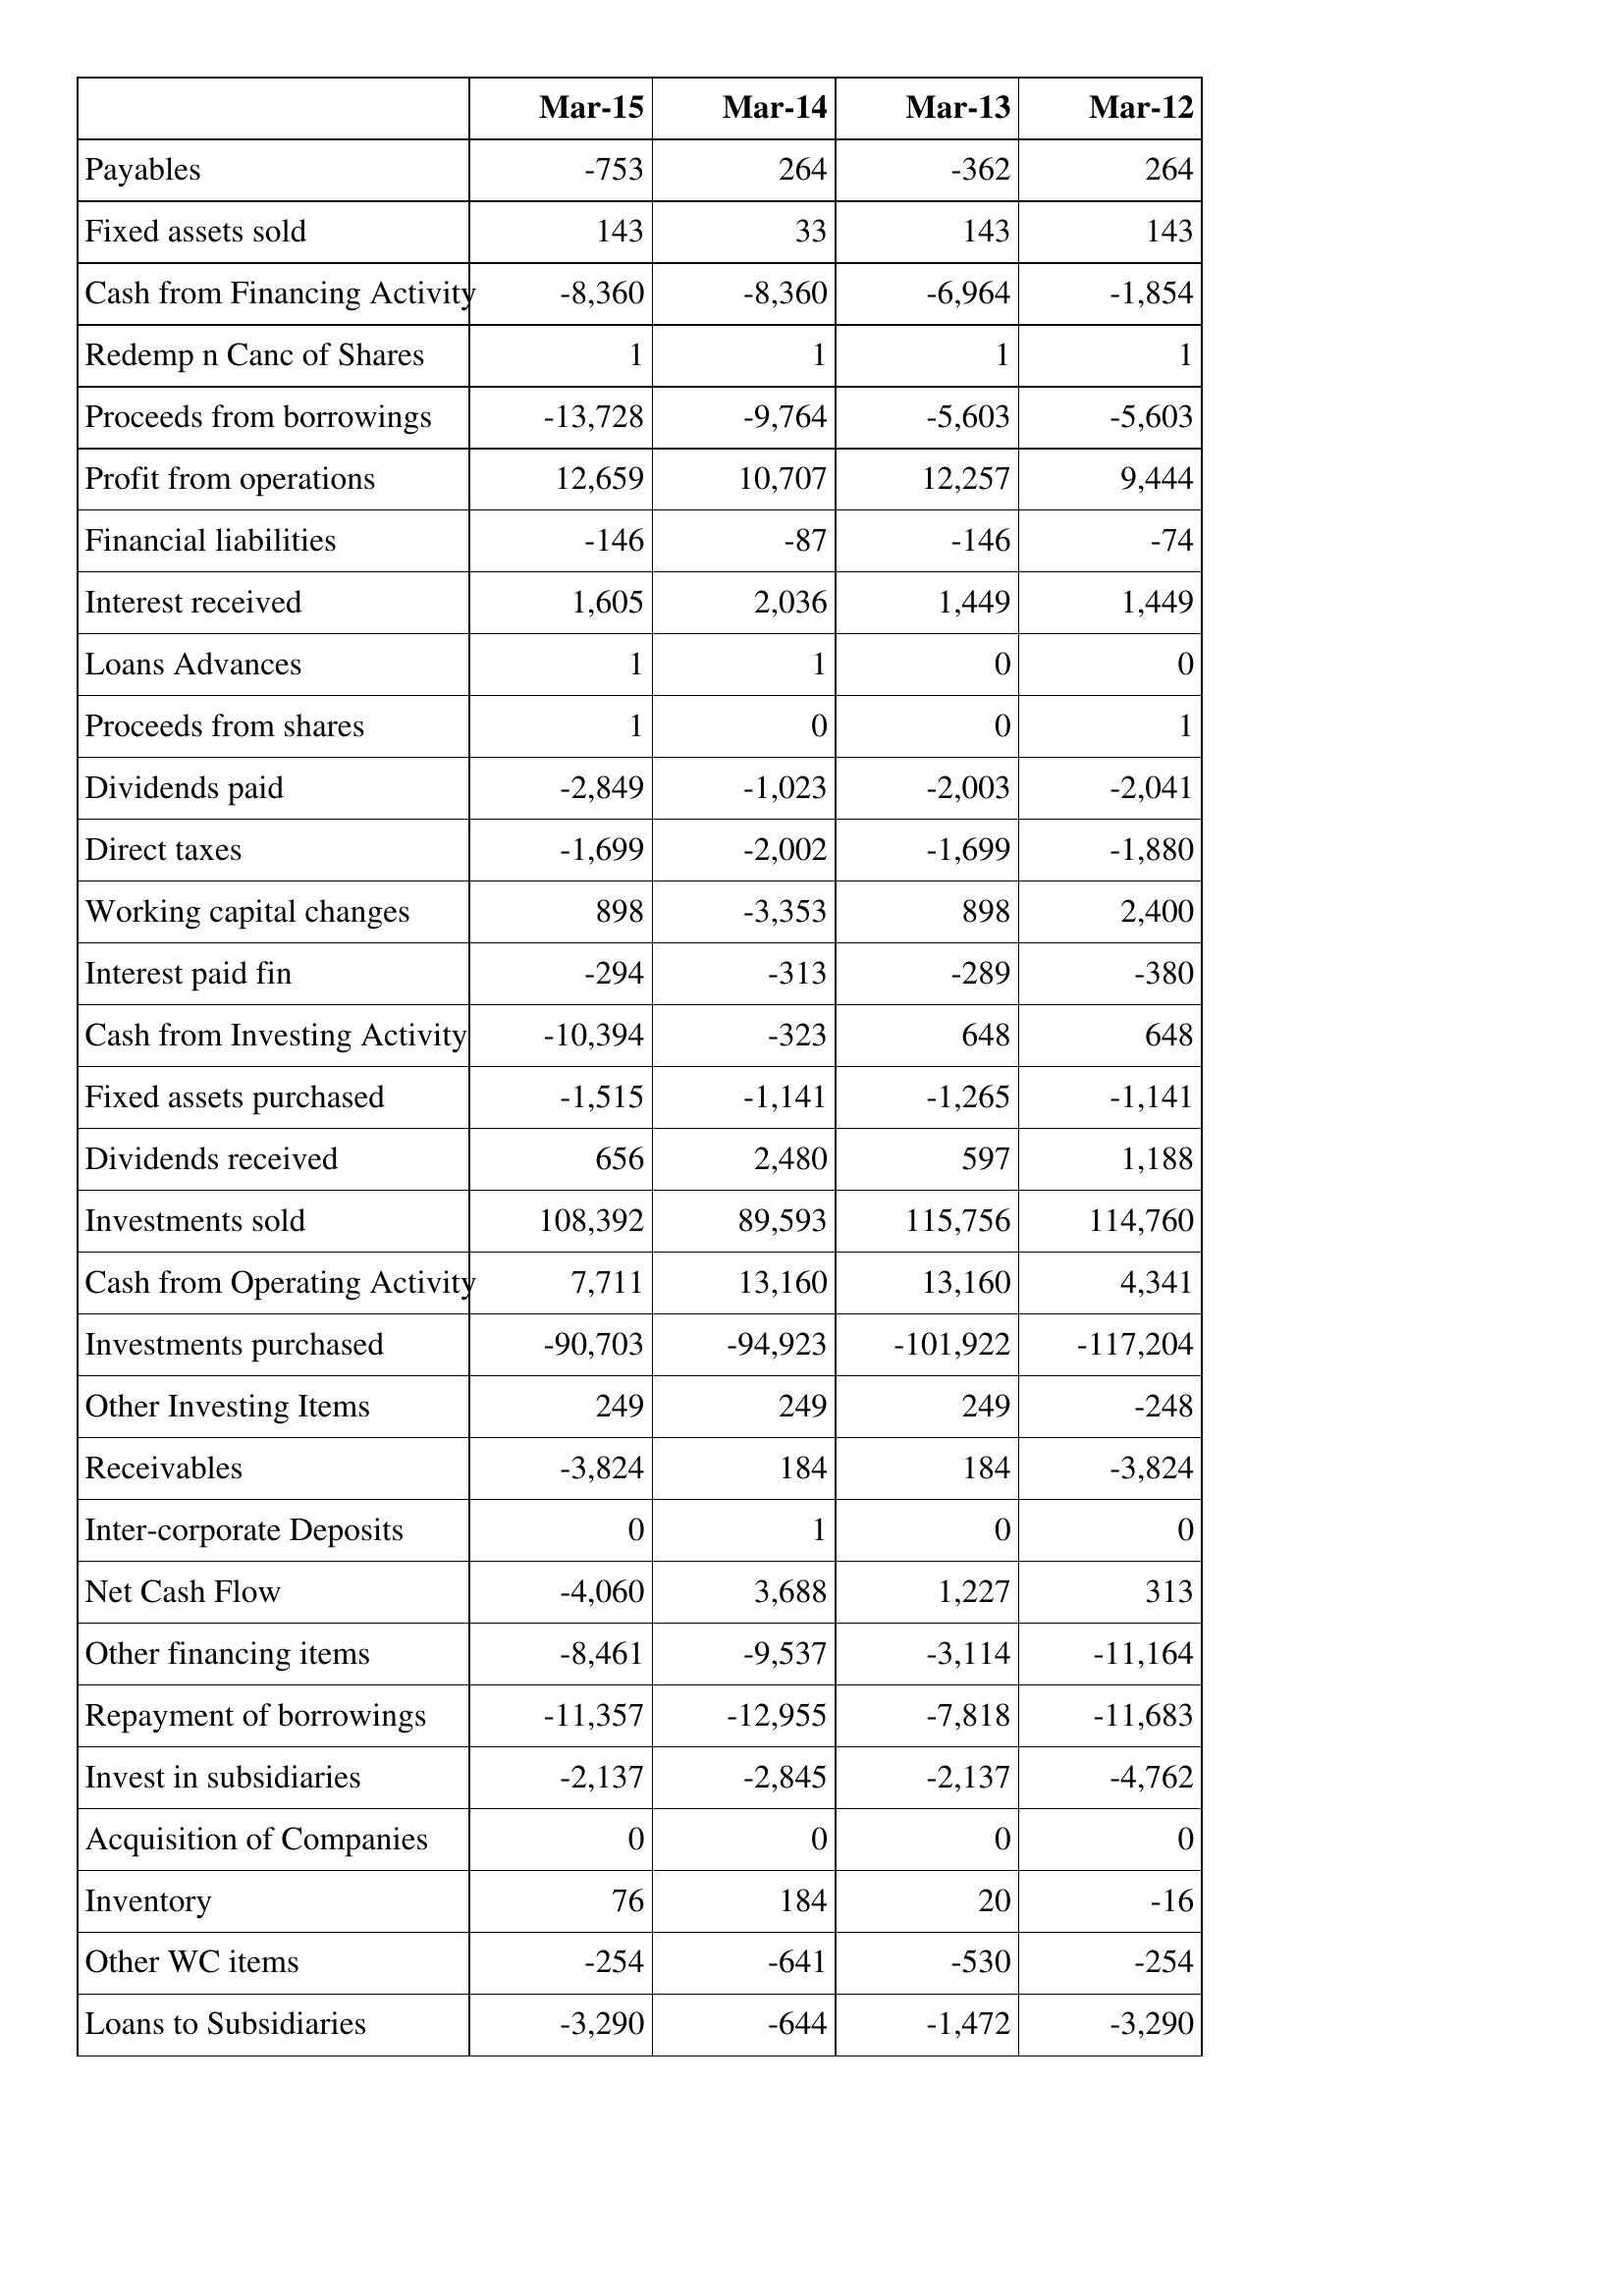
Mar-15: Cash Flows: Payables: -753
Fixed assets sold: 143
Cash from Financing Activity: -8,360
Redemp n Canc of Shares: 1
Proceeds from borrowings: -13,728
Profit from operations: 12,659
Financial liabilities: -146
Interest received: 1,605
Loans Advances: 1
Proceeds from shares: 1
Dividends paid: -2,849
Direct taxes: -1,699
Working capital changes: 898
Interest paid fin: -294
Cash from Investing Activity: -10,394
Fixed assets purchased: -1,515
Dividends received: 656
Investments sold: 108,392
Cash from Operating Activity: 7,711
Investments purchased: -90,703
Other Investing Items: 249
Receivables: -3,824
Inter-corporate Deposits: 0
Net Cash Flow: -4,060
Other financing items: -8,461
Repayment of borrowings: -11,357
Invest in subsidiaries: -2,137
Acquisition of Companies: 0
Inventory: 76
Other WC items: -254
Loans to Subsidiaries: -3,290
Mar-14: Cash Flows: Payables: 264
Fixed assets sold: 33
Cash from Financing Activity: -8,360
Redemp n Canc of Shares: 1
Proceeds from borrowings: -9,764
Profit from operations: 10,707
Financial liabilities: -87
Interest received: 2,036
Loans Advances: 1
Proceeds from shares: 0
Dividends paid: -1,023
Direct taxes: -2,002
Working capital changes: -3,353
Interest paid fin: -313
Cash from Investing Activity: -323
Fixed assets purchased: -1,141
Dividends received: 2,480
Investments sold: 89,593
Cash from Operating Activity: 13,160
Investments purchased: -94,923
Other Investing Items: 249
Receivables: 184
Inter-corporate Deposits: 1
Net Cash Flow: 3,688
Other financing items: -9,537
Repayment of borrowings: -12,955
Invest in subsidiaries: -2,845
Acquisition of Companies: 0
Inventory: 184
Other WC items: -641
Loans to Subsidiaries: -644
Mar-13: Cash Flows: Payables: -362
Fixed assets sold: 143
Cash from Financing Activity: -6,964
Redemp n Canc of Shares: 1
Proceeds from borrowings: -5,603
Profit from operations: 12,257
Financial liabilities: -146
Interest received: 1,449
Loans Advances: 0
Proceeds from shares: 0
Dividends paid: -2,003
Direct taxes: -1,699
Working capital changes: 898
Interest paid fin: -289
Cash from Investing Activity: 648
Fixed assets purchased: -1,265
Dividends received: 597
Investments sold: 115,756
Cash from Operating Activity: 13,160
Investments purchased: -101,922
Other Investing Items: 249
Receivables: 184
Inter-corporate Deposits: 0
Net Cash Flow: 1,227
Other financing items: -3,114
Repayment of borrowings: -7,818
Invest in subsidiaries: -2,137
Acquisition of Companies: 0
Inventory: 20
Other WC items: -530
Loans to Subsidiaries: -1,472
Mar-12: Cash Flows: Payables: 264
Fixed assets sold: 143
Cash from Financing Activity: -1,854
Redemp n Canc of Shares: 1
Proceeds from borrowings: -5,603
Profit from operations: 9,444
Financial liabilities: -74
Interest received: 1,449
Loans Advances: 0
Proceeds from shares: 1
Dividends paid: -2,041
Direct taxes: -1,880
Working capital changes: 2,400
Interest paid fin: -380
Cash from Investing Activity: 648
Fixed assets purchased: -1,141
Dividends received: 1,188
Investments sold: 114,760
Cash from Operating Activity: 4,341
Investments purchased: -117,204
Other Investing Items: -248
Receivables: -3,824
Inter-corporate Deposits: 0
Net Cash Flow: 313
Other financing items: -11,164
Repayment of borrowings: -11,683
Invest in subsidiaries: -4,762
Acquisition of Companies: 0
Inventory: -16
Other WC items: -254
Loans to Subsidiaries: -3,290